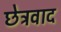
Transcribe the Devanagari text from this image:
छेत्रवाद